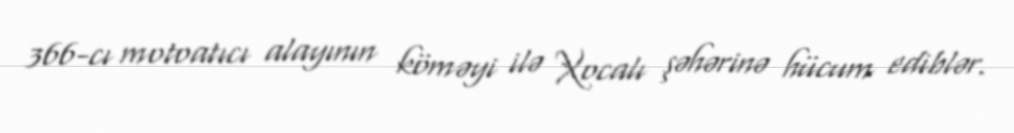
366-cı motoatıcı alayının köməyi ilə Xocalı şəhərinə hücum ediblər.